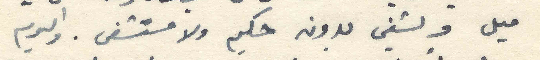
ميل ويشفي بدون حكيم ولا مستشفى. واليوم